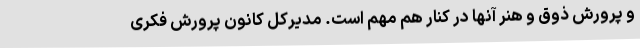
و پرورش ذوق و ‌هنر آنها در کنار هم مهم است. مدیرکل کانون پرورش فکری